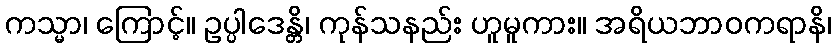
ကသ္မာ၊ ကြောင့်။ ဥပ္ပါဒေန္တိ၊ ကုန်သနည်း ဟူမူကား။ အရိယဘာဝကရာနိ၊